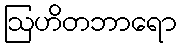
ဩဟိတဘာရော